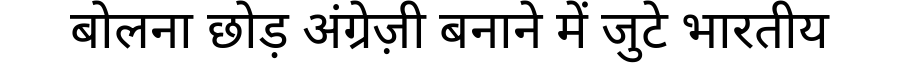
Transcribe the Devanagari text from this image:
बोलना छोड़ अंग्रेज़ी बनाने में जुटे भारतीय